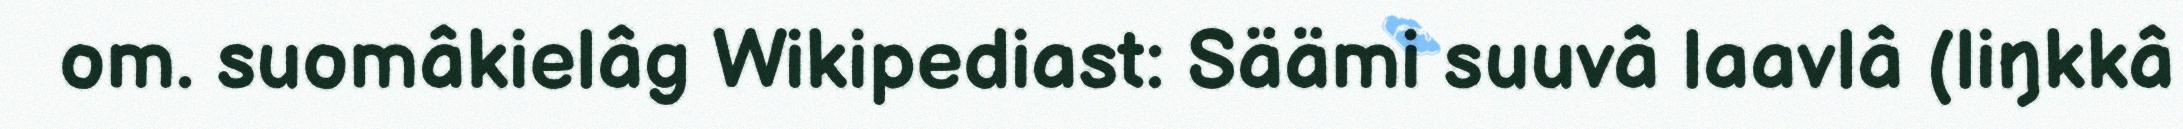
om. suomâkielâg Wikipediast: Säämi suuvâ laavlâ (liŋkkâ